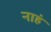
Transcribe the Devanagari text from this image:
नाहं